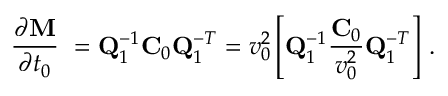
\frac { \partial { \bf M } } { \partial t _ { 0 } } \ = { \bf Q } _ { 1 } ^ { - 1 } { \bf C } _ { 0 } { \bf Q } _ { 1 } ^ { - T } = v _ { 0 } ^ { 2 } \left[ { \bf Q } _ { 1 } ^ { - 1 } \frac { { \bf C } _ { 0 } } { v _ { 0 } ^ { 2 } } { \bf Q } _ { 1 } ^ { - T } \right] \, .